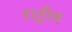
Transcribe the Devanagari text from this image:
राट्रीय